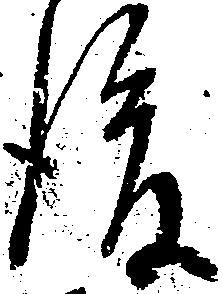
後